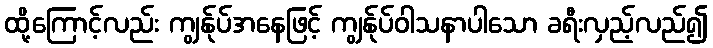
ထို့ကြောင့်လည်း ကျွန်ုပ်အနေဖြင့် ကျွန်ုပ်ဝါသနာပါသော ခရီးလှည့်လည်၍